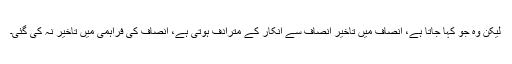
لیکن وہ جو کہا جاتا ہے، انصاف میں تاخیر انصاف سے انکار کے مترادف ہوتی ہے، انصاف کی فراہمی میں تاخیر نہ کی گئی۔